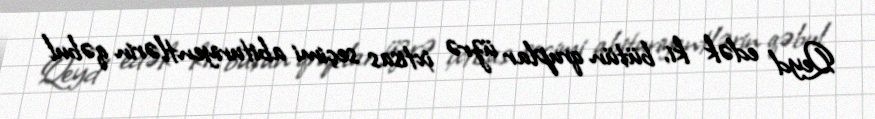
Qeyd edək ki, bütün qruplar üzrə ixtisas seçimi abituriyentlərin qəbul